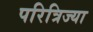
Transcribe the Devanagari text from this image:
परित्रिज्या